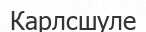
Карлсшуле